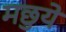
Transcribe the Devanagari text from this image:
मछुये